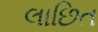
લાછિત